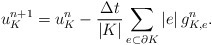
\begin{align*}u_K^{n+1} = u_K^{n} - \frac{\Delta t}{|K|} \sum\limits_{e \subset \partial K}|e| \, g_{K,e}^n.\end{align*}